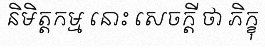
និមិត្តកម្ម នោះ សេចក្តី ថា ភិក្ខុ